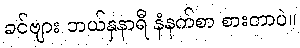
ခင်ဗျား ဘယ်နှနာရီ နံနက်စာ စားတာပဲ။